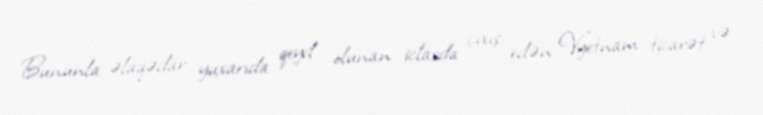
Bununla əlaqədar yuxarıda qeyd olunan iclasda çıxış edən Vyetnam ticarət və